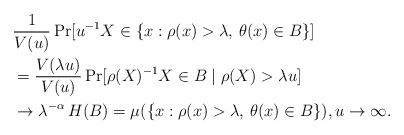
LaTeX: \begin{align*} \lefteqn{ \frac{1}{V(u)} \Pr[ u^{-1} X \in \{ x : \rho(x) > \lambda, \, \theta(x) \in B \} ] } \\ &= \frac{V(\lambda u)}{V(u)} \Pr[ \rho(X)^{-1} X \in B \mid \rho(X) > \lambda u ] \\ &\to \lambda^{-\alpha} \, H(B) = \mu ( \{ x : \rho(x) > \lambda, \, \theta(x) \in B \} ), u \to \infty.\end{align*}